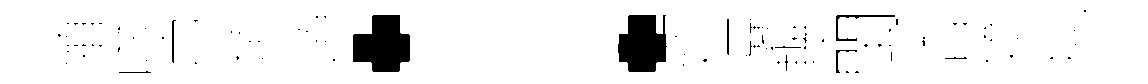
殖噬巳頰頃：廻曩輾閩杳嬌挹